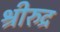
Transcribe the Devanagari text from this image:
श्रीरुद्र